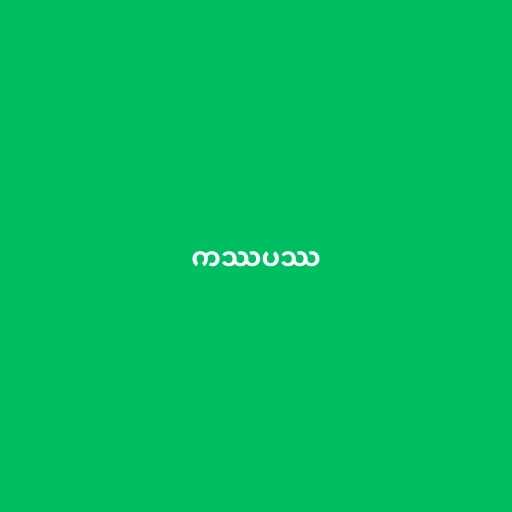
ကဿပဿ